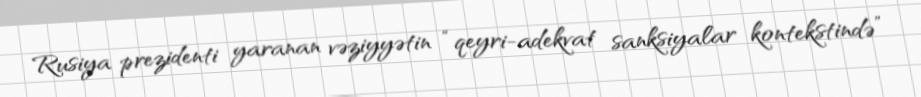
Rusiya prezidenti yaranan vəziyyətin “qeyri-adekvat sanksiyalar kontekstində”